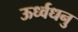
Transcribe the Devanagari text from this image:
ऊर्ध्वधनु